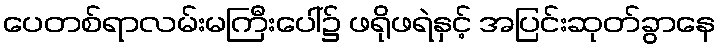
ပေတစ်ရာလမ်းမကြီးပေါ်၌ ဖရိုဖရဲနှင့် အပြင်းဆုတ်ခွာနေ